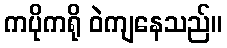
ကပိုကရို ဝဲကျနေသည်။